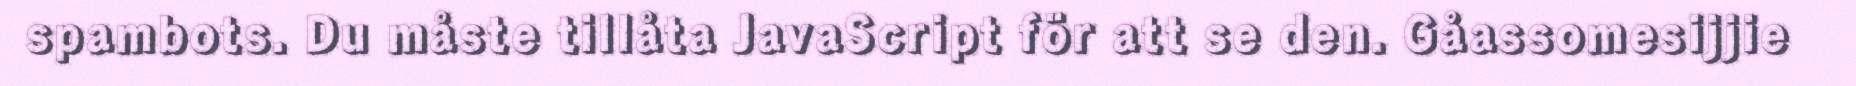
spambots. Du måste tillåta JavaScript för att se den. Gåassomesijjie